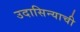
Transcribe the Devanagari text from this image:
उदासिन्याची